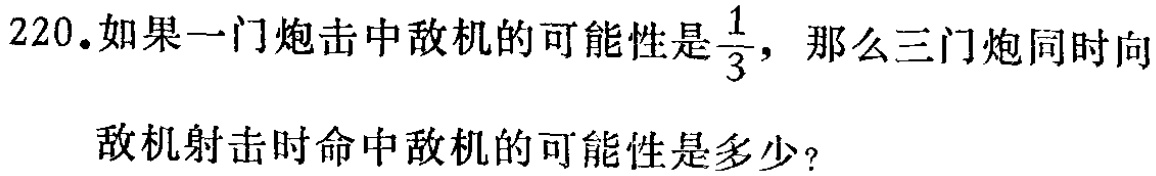
220.如果一门炮击中敌机的可能性是$\frac{1}{3}$，那么三门炮同时向敌机射击时命中敌机的可能性是多少？